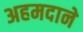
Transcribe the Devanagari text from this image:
अहमदाने